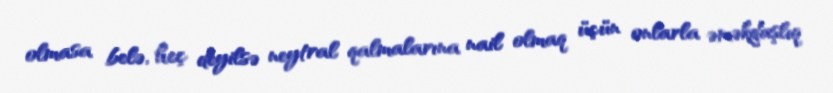
olmasa belə, heç deyilsə neytral qalmalarına nail olmaq üçün onlarla əməkdaşlıq